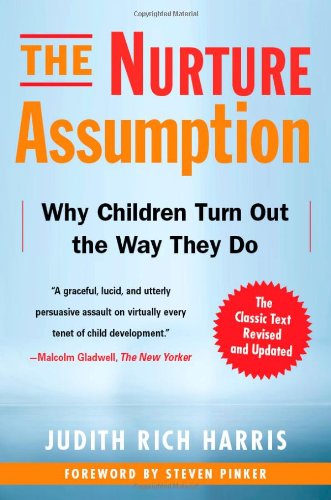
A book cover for The Nurture Assumption: Why Children Turn Out the Way They Do, Revised and Updated; Judith Rich Harris; Medical Books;